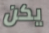
يكن